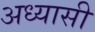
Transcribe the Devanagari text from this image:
अध्यासी